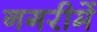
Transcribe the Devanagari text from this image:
नगरीमें